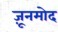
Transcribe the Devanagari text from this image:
ज़ूनमोद